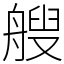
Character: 艘